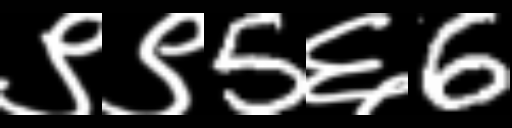
Text: ९९5६6